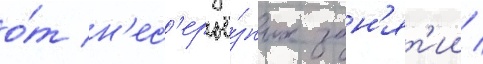
о́т н'ес'ерьё́зных зан'ят'ии /